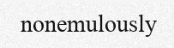
nonemulously